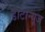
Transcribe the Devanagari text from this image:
डाटान्यूज